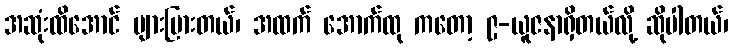
အဆုံးထိအောင် များပြားတယ်၊ အထက် အောက်ထု ကတော့ ၉-ယူဇနာရှိတယ်လို့ ဆိုပါတယ်၊